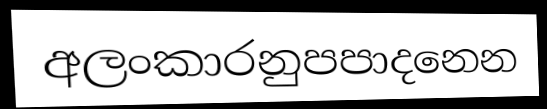
අලංකාරනුපපාදනෙන